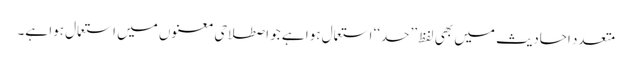
متعدد احادیث میں بھی لفظ ’’حد‘‘ استعمال ہوا ہے جو اصطلاحی معنوں میں استعمال ہوا ہے۔